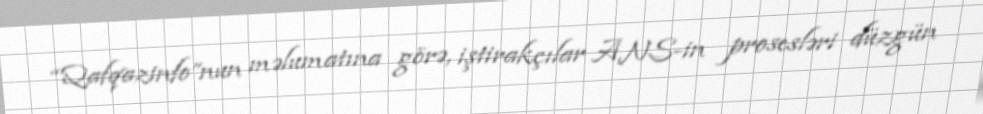
“Qafqazinfo”nun məlumatına görə, iştirakçılar ANS-in prosesləri düzgün